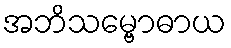
အဘိသမ္ဗောဓာယ